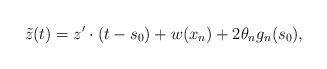
\begin{align*}\tilde{z}(t) = z'\cdot (t-s_0) + w(x_n) + 2 \theta_n g_n(s_0),\end{align*}